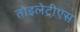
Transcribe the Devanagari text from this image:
तोइलेट्रीएस